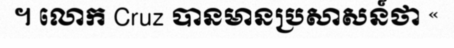
។ លោក Cruz បានមានប្រសាសន៍ថា «